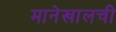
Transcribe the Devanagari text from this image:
मानेखालची